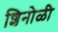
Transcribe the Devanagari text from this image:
शिनोळी